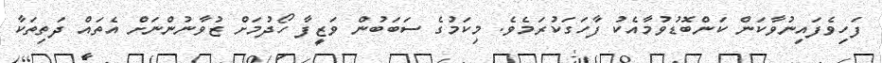
ފަހިވެފައިނުވާކަން ކަންބޮޑުވުމާއެކު ފާހަގަކުރަމެވެ. މިކަމުގެ ސަބަބުން ވަޒީފާ ހޯދުމަށް ޒުވާނުންނަށް އެތައް ދަތިތަކާ